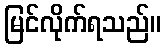
မြင်လိုက်ရသည်။